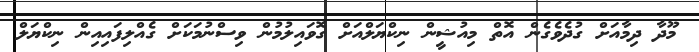
މޫދާ ދިމާއަށް ގުދެވެގެން އޮތް މިއުޝީން ނިކްޔަލްއަށް ގޮވައިލުމުން ވިސްނުމަކަށް ގެއްލިފައިއިން ނިކްޔަލް